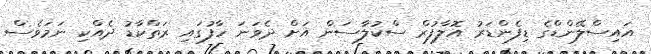
އައިސްލޭންޑްގެ ޑިފެންޑަރު އޮލާފުރް ސްކުލާސަން އަށް ދެވަނަ ހާފުގައި ރަތްކާޑު ދެއްކި ނަމަވެސް